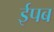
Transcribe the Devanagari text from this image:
ईपब